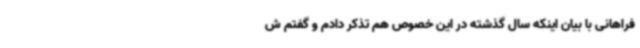
فراهانی با بیان اینکه سال گذشته در این خصوص هم تذکر دادم و گفتم ش